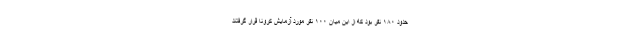
حدود ۱۸۰ نفر بود که از این میان ۱۰۰ نفر مورد آزمایش کرونا قرار گرفتند